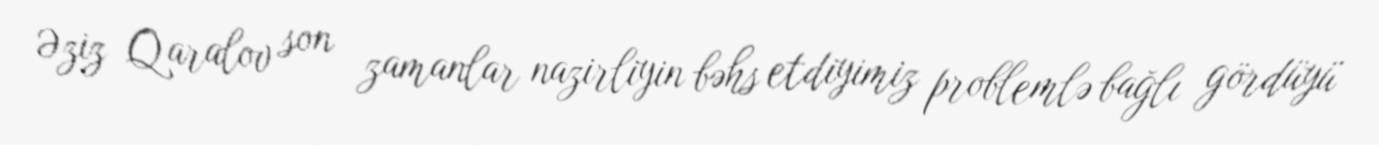
Əziz Qaralov son zamanlar nazirliyin bəhs etdiyimiz problemlə bağlı gördüyü